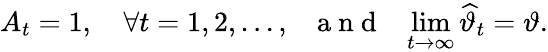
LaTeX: A_{t}=1,\quad\forall t=1,2,\ldots,\: \: \: \mathrm{~a~n~d~}\: \: \: \operatorname*{lim}_{t\to\infty}\widehat{\vartheta}_{t}=\vartheta.